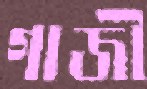
গাজী